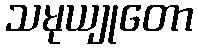
သမုယျုတော